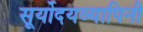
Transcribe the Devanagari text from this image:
सूर्योदयव्यापिनी